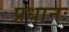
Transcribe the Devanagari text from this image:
प्रधानः